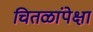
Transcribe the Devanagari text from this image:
चितळांपेक्षा